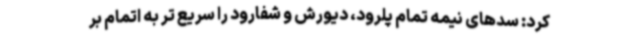
کرد: سدهای نیمه تمام پلرود، دیورش و شفارود را سریع تر به اتمام بر